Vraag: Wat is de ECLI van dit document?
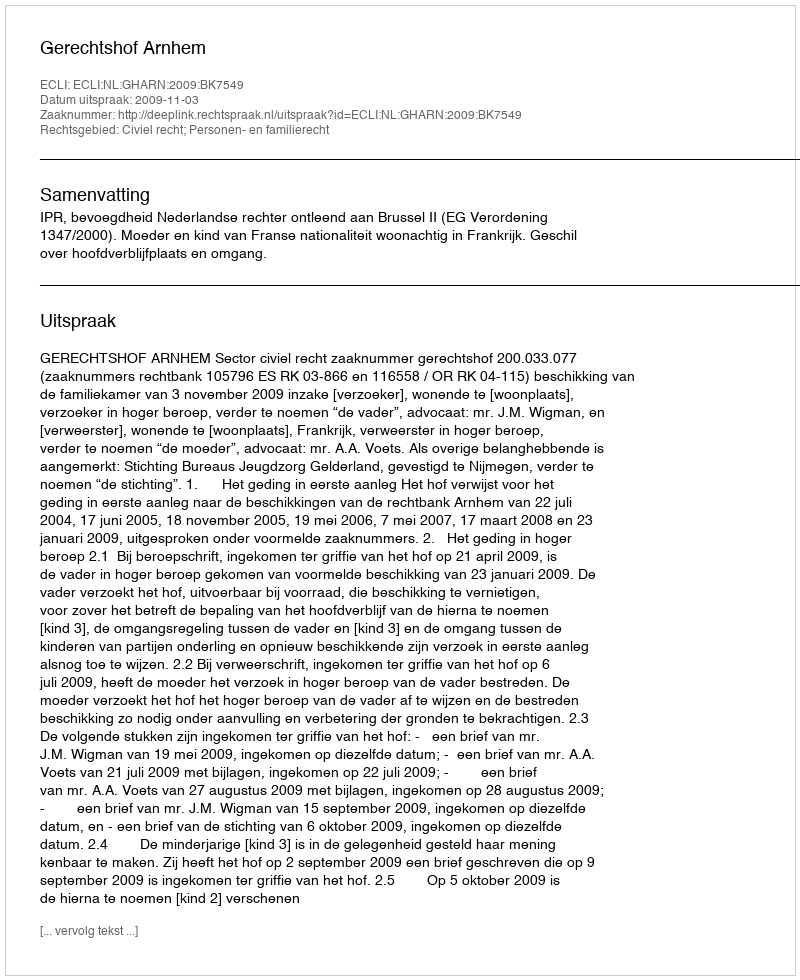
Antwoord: ECLI:NL:GHARN:2009:BK7549